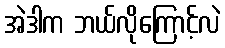
အဲဒါက ဘယ်လိုကြောင့်လဲ